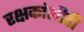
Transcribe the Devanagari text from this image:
रक्षकांशीही